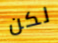
لكن